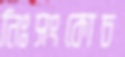
নিঃসংকোচ